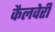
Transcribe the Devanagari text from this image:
कैलवेरी